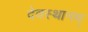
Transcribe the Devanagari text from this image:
देवस्थानम्